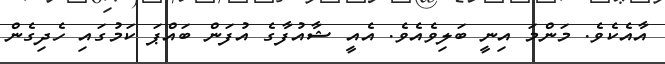
އާއެކެވެ. މަންމަ އިނީ ބަލިވެއެވެ. އެއީ ޝާއުފާގެ އުފަން ބައްޕަ ކަމުގައި ހެދިގެން